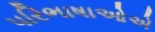
પરિભાષાઓએ